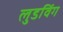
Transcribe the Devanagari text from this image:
लुडविंग